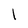
Character: l